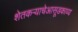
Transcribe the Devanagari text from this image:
शेतकऱ्याचेआसूडकाव्य